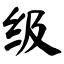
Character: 级